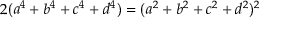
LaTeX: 2 ( a ^ { 4 } + b ^ { 4 } + c ^ { 4 } + d ^ { 4 } ) = ( a ^ { 2 } + b ^ { 2 } + c ^ { 2 } + d ^ { 2 } ) ^ { 2 }